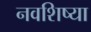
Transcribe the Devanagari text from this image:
नवशिष्या